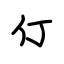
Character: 仃